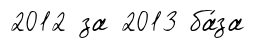
2012 за 2013 ба́за